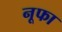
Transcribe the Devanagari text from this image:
नूफा